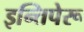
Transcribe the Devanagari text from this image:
इन्तिपेरू